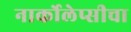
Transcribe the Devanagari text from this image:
नार्कोलेप्सीचा